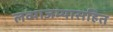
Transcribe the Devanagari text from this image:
लव्याजम्यासहित